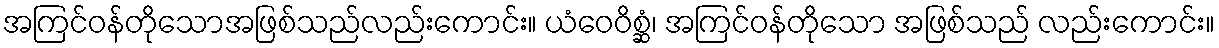
အကြင်ဝန်တိုသောအဖြစ်သည်လည်းကောင်း။ ယံဝေဝိစ္ဆံ၊ အကြင်ဝန်တိုသော အဖြစ်သည် လည်းကောင်း။